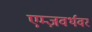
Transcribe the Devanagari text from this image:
एम्ज़वर्थवर